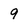
Character: 9